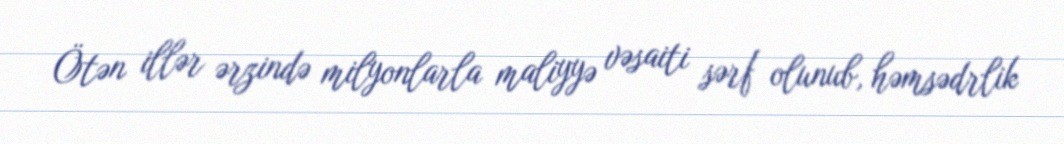
Ötən illər ərzində milyonlarla maliyyə vəsaiti sərf olunub, həmsədrlik